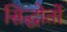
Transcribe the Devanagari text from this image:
सिद्धोतों